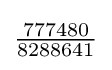
{\tfrac {777480}{8288641}}